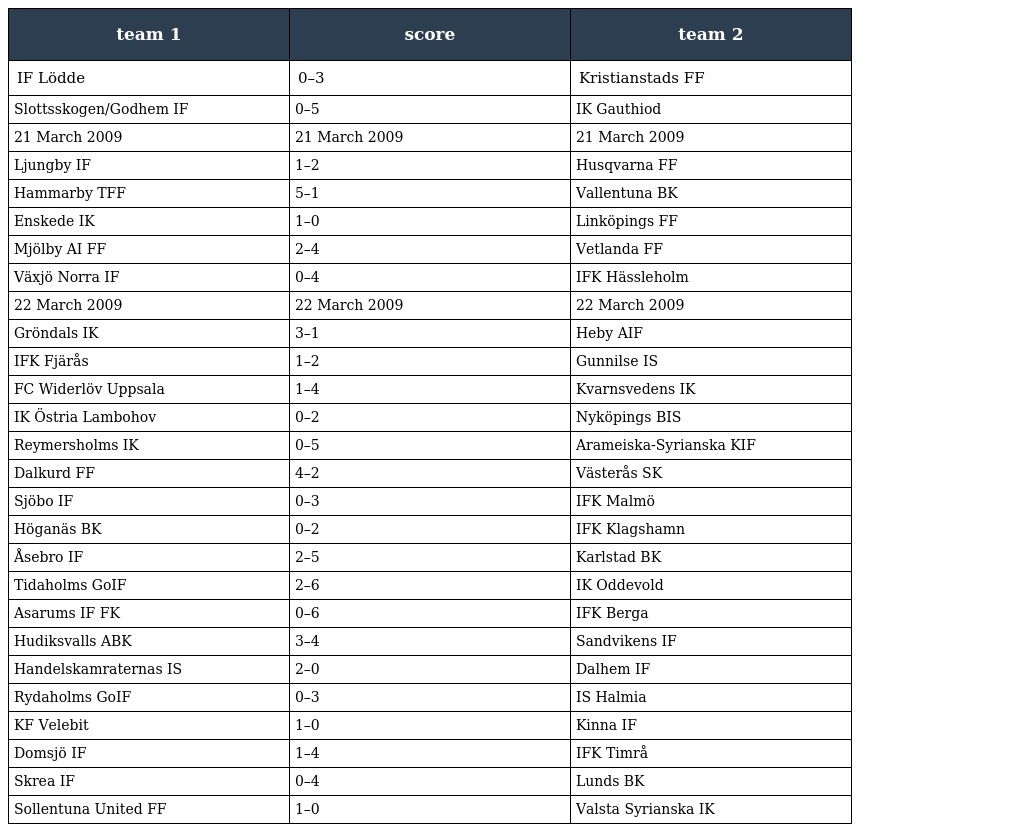
| team 1 | score | team 2 |
 | --- | --- | --- |
 | IF Lödde | 0–3 | Kristianstads FF |
 | Slottsskogen/Godhem IF | 0–5 | IK Gauthiod |
 | 21 March 2009 | 21 March 2009 | 21 March 2009 |
 | Ljungby IF | 1–2 | Husqvarna FF |
 | Hammarby TFF | 5–1 | Vallentuna BK |
 | Enskede IK | 1–0 | Linköpings FF |
 | Mjölby AI FF | 2–4 | Vetlanda FF |
 | Växjö Norra IF | 0–4 | IFK Hässleholm |
 | 22 March 2009 | 22 March 2009 | 22 March 2009 |
 | Gröndals IK | 3–1 | Heby AIF |
 | IFK Fjärås | 1–2 | Gunnilse IS |
 | FC Widerlöv Uppsala | 1–4 | Kvarnsvedens IK |
 | IK Östria Lambohov | 0–2 | Nyköpings BIS |
 | Reymersholms IK | 0–5 | Arameiska-Syrianska KIF |
 | Dalkurd FF | 4–2 | Västerås SK |
 | Sjöbo IF | 0–3 | IFK Malmö |
 | Höganäs BK | 0–2 | IFK Klagshamn |
 | Åsebro IF | 2–5 | Karlstad BK |
 | Tidaholms GoIF | 2–6 | IK Oddevold |
 | Asarums IF FK | 0–6 | IFK Berga |
 | Hudiksvalls ABK | 3–4 | Sandvikens IF |
 | Handelskamraternas IS | 2–0 | Dalhem IF |
 | Rydaholms GoIF | 0–3 | IS Halmia |
 | KF Velebit | 1–0 | Kinna IF |
 | Domsjö IF | 1–4 | IFK Timrå |
 | Skrea IF | 0–4 | Lunds BK |
 | Sollentuna United FF | 1–0 | Valsta Syrianska IK |